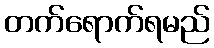
တက်ရောက်ရမည်